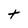
Character: t